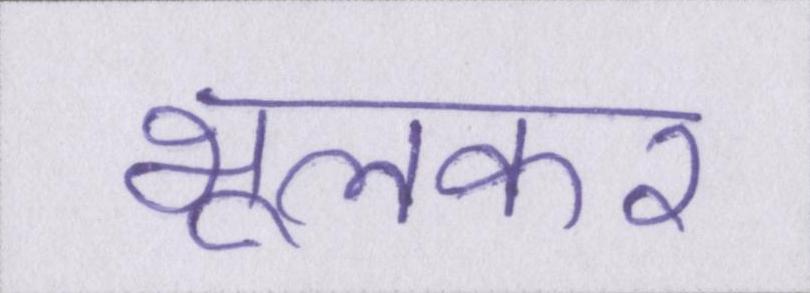
भूलकर